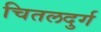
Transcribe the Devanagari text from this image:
चितलदुर्ग